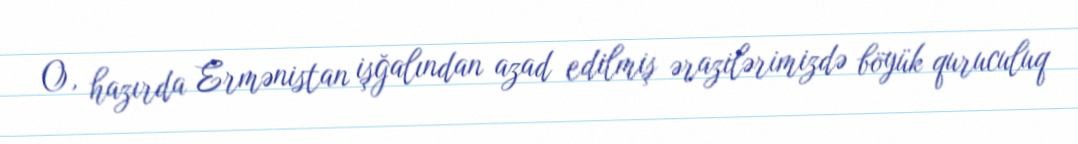
O, hazırda Ermənistan işğalından azad edilmiş ərazilərimizdə böyük quruculuq